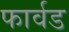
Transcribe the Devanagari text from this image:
फार्वड